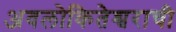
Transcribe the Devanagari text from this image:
अवलोकितेश्वराची